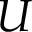
U